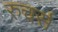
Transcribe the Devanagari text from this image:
रुचर्स